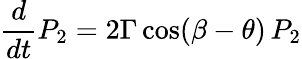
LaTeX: {\frac{d}{dt}}P_{2}=2\Gamma\, \mathrm{cos}(\beta-\theta)\, P_{2}